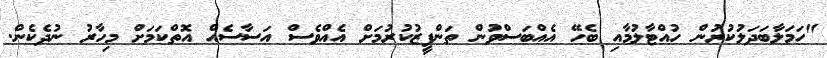
"ހަމަލާބަދަލުކުރުން ހުއްޓާލުމާއި ބެހޭ އެއްބަސްވުން ތަންފީޒުކުރުމަށް އެއްވެސް އަސާސެއް އޮތްކަމަށް މިހާރު ނުދެކެން.